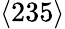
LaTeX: \langle 235\rangle